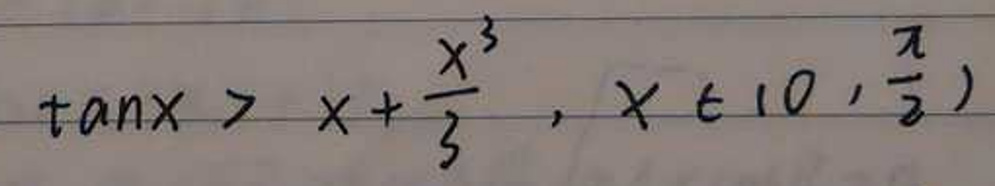
\[\tan x>x + \frac{x^{3}}{3},x\in\left(0,\frac{\pi}{2}\right)\]